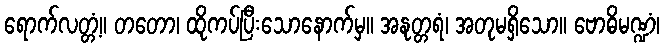
ရောက်လတ္တံ့။ တတော၊ ထိုကပ်ပြီးသောနောက်မှ။ အနုတ္တရံ၊ အတုမရှိသော။ ဗောဓိမဏ္ဍံ၊